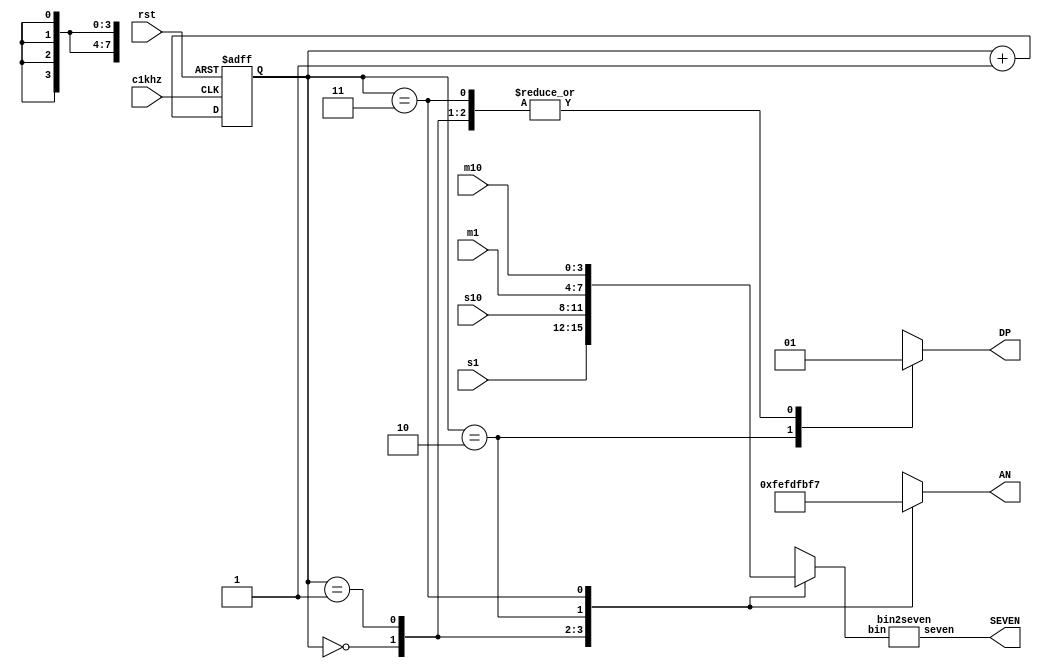
`timescale 1ns / 1ps

module display(
    input rst,
    input c1khz,
    input [3:0] m10,
    input [3:0] m1,
    input [3:0] s10,
    input [3:0] s1,
    output [6:0] SEVEN,
    output reg DP,
    output reg [7:0] AN
    );

    reg [1:0] digit;
    reg [3:0] binarydata;
    
    bin2seven myconverter(binarydata, SEVEN);
    
    always @(posedge c1khz, negedge rst)
    begin
        if(rst==0) begin
            digit <=0;
        end
        else begin
            digit <= digit + 1;
        end
    end
    
    always @(digit)
    begin
        case (digit)
            0 :  begin AN <= 8'b11111110; binarydata <= s1;  DP <= 1; end
            1 :  begin AN <= 8'b11111101; binarydata <= s10; DP <= 1; end
            2 :  begin AN <= 8'b11111011; binarydata <= m1;  DP <= 0; end
            3 :  begin AN <= 8'b11110111; binarydata <= m10; DP <= 1; end
        endcase
    end
    
endmodule


module bin2seven (
	input [3:0] bin,
	output reg [6:0] seven);

	always @(bin)
	begin
		case (bin)
		4'h0 : seven = 7'b1000000;
		4'h1 : seven = 7'b1111001;
		4'h2 : seven = 7'b0100100;
		4'h3 : seven = 7'b0110000;
		4'h4 : seven = 7'b0011001;
		4'h5 : seven = 7'b0010010;
		4'h6 : seven = 7'b0000010;
		4'h7 : seven = 7'b1111000;
		4'h8 : seven = 7'b0000000;
		4'h9 : seven = 7'b0010000;
		4'hA : seven = 7'b0001000;
		4'hB : seven = 7'b0000011;
		4'hC : seven = 7'b1000110;
		4'hD : seven = 7'b0100001;
		4'hE : seven = 7'b0000110;
		4'hF : seven = 7'b0001110;
		default : seven = 7'b0000000;
		endcase
	end
endmodule